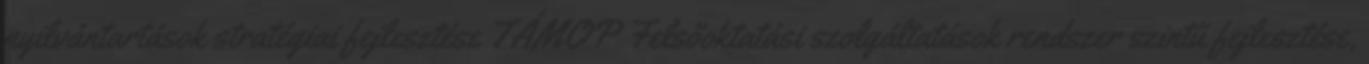
nyilvántartások stratégiai fejlesztése TÁMOP Felsőoktatási szolgáltatások rendszer szintű fejlesztése,